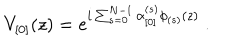
V _ { \lbrack 0 \rbrack } ( z ) = e ^ { i \sum _ { s = 0 } ^ { N - 1 } \alpha _ { \lbrack 0 \rbrack } ^ { ( s ) } \phi _ { ( s ) } ( z ) } ~ .